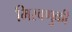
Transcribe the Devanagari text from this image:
मिरवणुकी